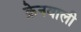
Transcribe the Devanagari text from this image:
क्रेनवाली